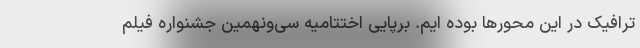
ترافیک در این محورها بوده ایم. برپایی اختتامیه سی‌ونهمین جشنواره فیلم